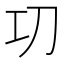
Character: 㓛